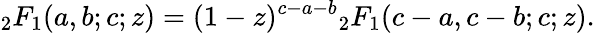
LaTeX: {}_{2}F_{1}(a,b;c;z)=(1-z)^{c-a-b}{}_{2}F_{1}(c-a,c-b;c;z).